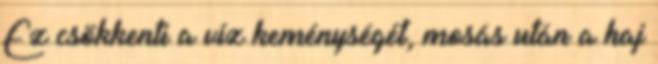
Ez csökkenti a víz keménységét, mosás után a haj